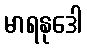
မာရနုဒေါ